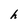
Character: h